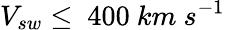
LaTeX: V_{sw}\leq~400~km~s^{-1}